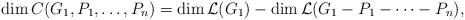
LaTeX: \begin{align*}\dim C(G_1,P_1, \ldots, P_n) = \dim \mathcal{L}(G_1)- \dim \mathcal{L}(G_1-P_1- \cdots - P_n), \end{align*}